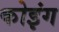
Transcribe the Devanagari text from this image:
कोइंग